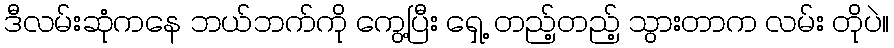
ဒီလမ်းဆုံကနေ ဘယ်ဘက်ကို ကွေ့ပြီး ရှေ့ တည့်တည့် သွားတာက လမ်း တိုပဲ။